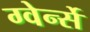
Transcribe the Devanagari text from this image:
ग्वेर्न्से